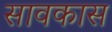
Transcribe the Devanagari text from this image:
सावकास